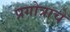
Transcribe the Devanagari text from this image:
प्रगोत्राचे